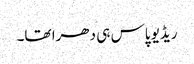
ریڈیو پاس ہی دھرا تھا۔